Mental hospitals Bombay report 1921-28 - 1921-1928
Year: 1921
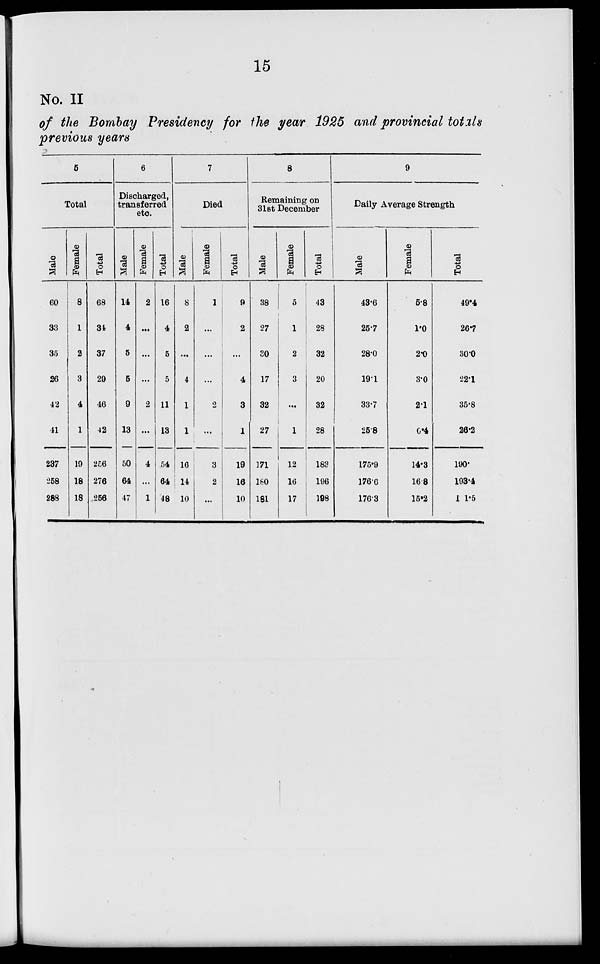
15
No. II
of the Bombay Presidency for the year 1925 and provincial totals
previous years
5
Total
Male
60
33
35
26
42
41
237
258
288
Female
8
1
2
3
4
1
19
18
18
Total
68
34
37
29
46
42
256
276
256
6
Discharged,
transferred
etc.
Male
14
4
5
5
9
13
50
64
47
Female
2
...
...
...
2
...
4
...
1
Total
16
4
5
5
11
13
54
64
48
7
Died
Male
8
2
...
4
1
1
16
14
10
Female
1
...
...
...
2
...
3
2
...
Total
9
2
...
4
3
1
19
16
10
8
Remaining on
31st December
Male
38
27
30
17
32
27
171
180
181
Female
5
1
2
3
...
1
12
16
17
Total
43
28
32
20
32
28
183
196
198
9
Daily Average Strength
Male
43.6
25.7
28.0
19.1
33.7
25.8
175.9
176.6
176.3
Female
5.8
1.0
2.0
3.0
2.1
6.4
14.3
16.8
15.2
Total
49.4
26.7
30.0
22.1
35.8
26.2
190.
193.4
191.5